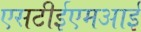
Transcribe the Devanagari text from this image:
एसटीईएमआई